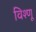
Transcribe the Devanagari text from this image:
विश्णू